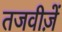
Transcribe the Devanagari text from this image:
तजवीज़ें